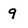
Character: 9